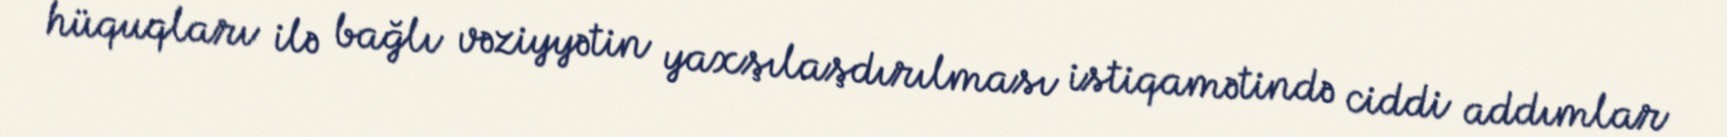
hüquqları ilə bağlı vəziyyətin yaxşılaşdırılması istiqamətində ciddi addımlar